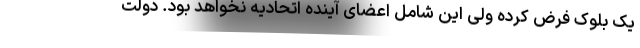
یک بلوک فرض کرده ولی این شامل اعضای آینده اتحادیه نخواهد بود. دولت